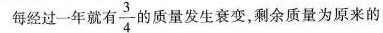
每经过一年就有\frac{3}{4} 的质量发生衰变，剩余质量为原来的